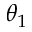
\theta _ { 1 }